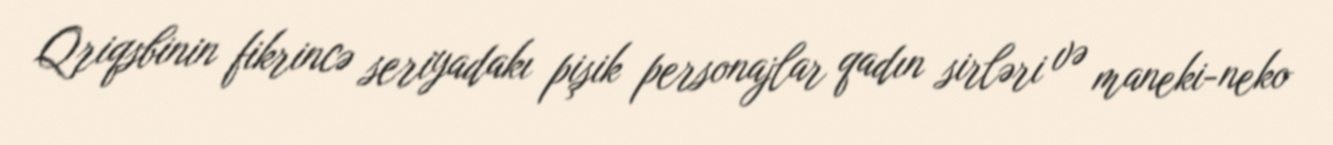
Qriqsbinin fikrincə seriyadakı pişik personajlar qadın sirləri və maneki-neko